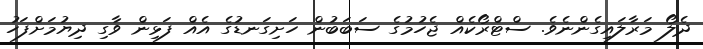
ދެލޯ މަރާލައިގެންނެވެ. ސްޓްރޯކެއް ޖެހުމުގެ ސަބަބުން ހަށިގަނޑުގެ އެއް ފަޅިން ވާގި ދިޔުމަށްފަހު